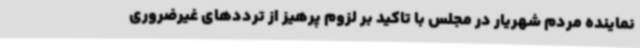
نماینده مردم شهریار در مجلس با تاکید بر لزوم پرهیز از ترددهای غیرضروری